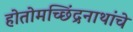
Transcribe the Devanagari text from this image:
होतोमच्छिंद्रनाथांचे